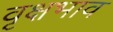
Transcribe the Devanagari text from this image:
वृक्षभाव